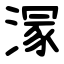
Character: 溕